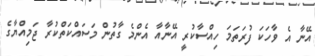
އޭނާ އެ ވާހަކަ ފުރަތަމަ ހިއްސާކުރީ އޭނާއާ އެންމެ ގާތުން މަސައްކަތްކުރާ ޖަމިއްޔާގެ